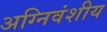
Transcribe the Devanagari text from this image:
अग्निवंशीय